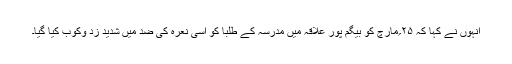
انہوں نے کہا کہ ۲۵؍مارچ کو بیگم پور علاقہ میں مدرسہ کے طلبا کو اسی نعرہ کی ضد میں شدید زد وکوب کیا گیا۔